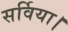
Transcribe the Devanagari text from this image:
सर्विया।